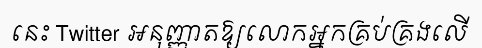
នេះ Twitter អនុញ្ញាតឱ្យលោកអ្នកគ្រប់គ្រងលើ